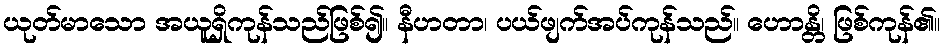
ယုတ်မာသော အယူရှိကုန်သည်ဖြစ်၍။ နီဟတာ၊ ပယ်ဖျက်အပ်ကုန်သည်။ ဟောန္တိ၊ ဖြစ်ကုန်၏။